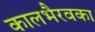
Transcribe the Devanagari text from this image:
कालभैरवका